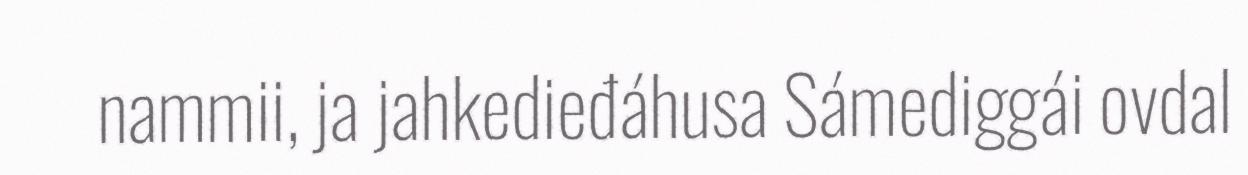
nammii, ja jahkedieđáhusa Sámediggái ovdal